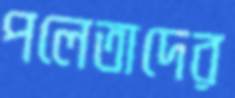
পলেতাদের